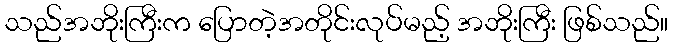
သည်အဘိုးကြီးက ပြောတဲ့အတိုင်းလုပ်မည့် အဘိုးကြီး ဖြစ်သည်။